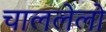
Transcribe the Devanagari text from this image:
चाललेलो